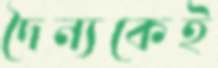
দৈন্যকেই